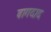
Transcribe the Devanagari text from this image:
बागदाद